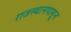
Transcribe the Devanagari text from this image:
राजस्थानपासून